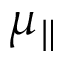
\mu _ { \parallel }